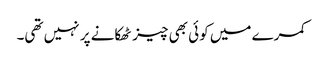
کمرے میں کوئی بھی چیز ٹھکانے پر نہیں تھی۔